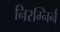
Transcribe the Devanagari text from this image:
निरग्निर्न